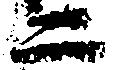
ニ